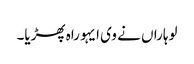
لوہاراں نے وی ایہو راہ پھڑیا۔